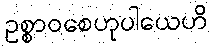
ဥစ္စာဝစေဟုပါယေဟိ